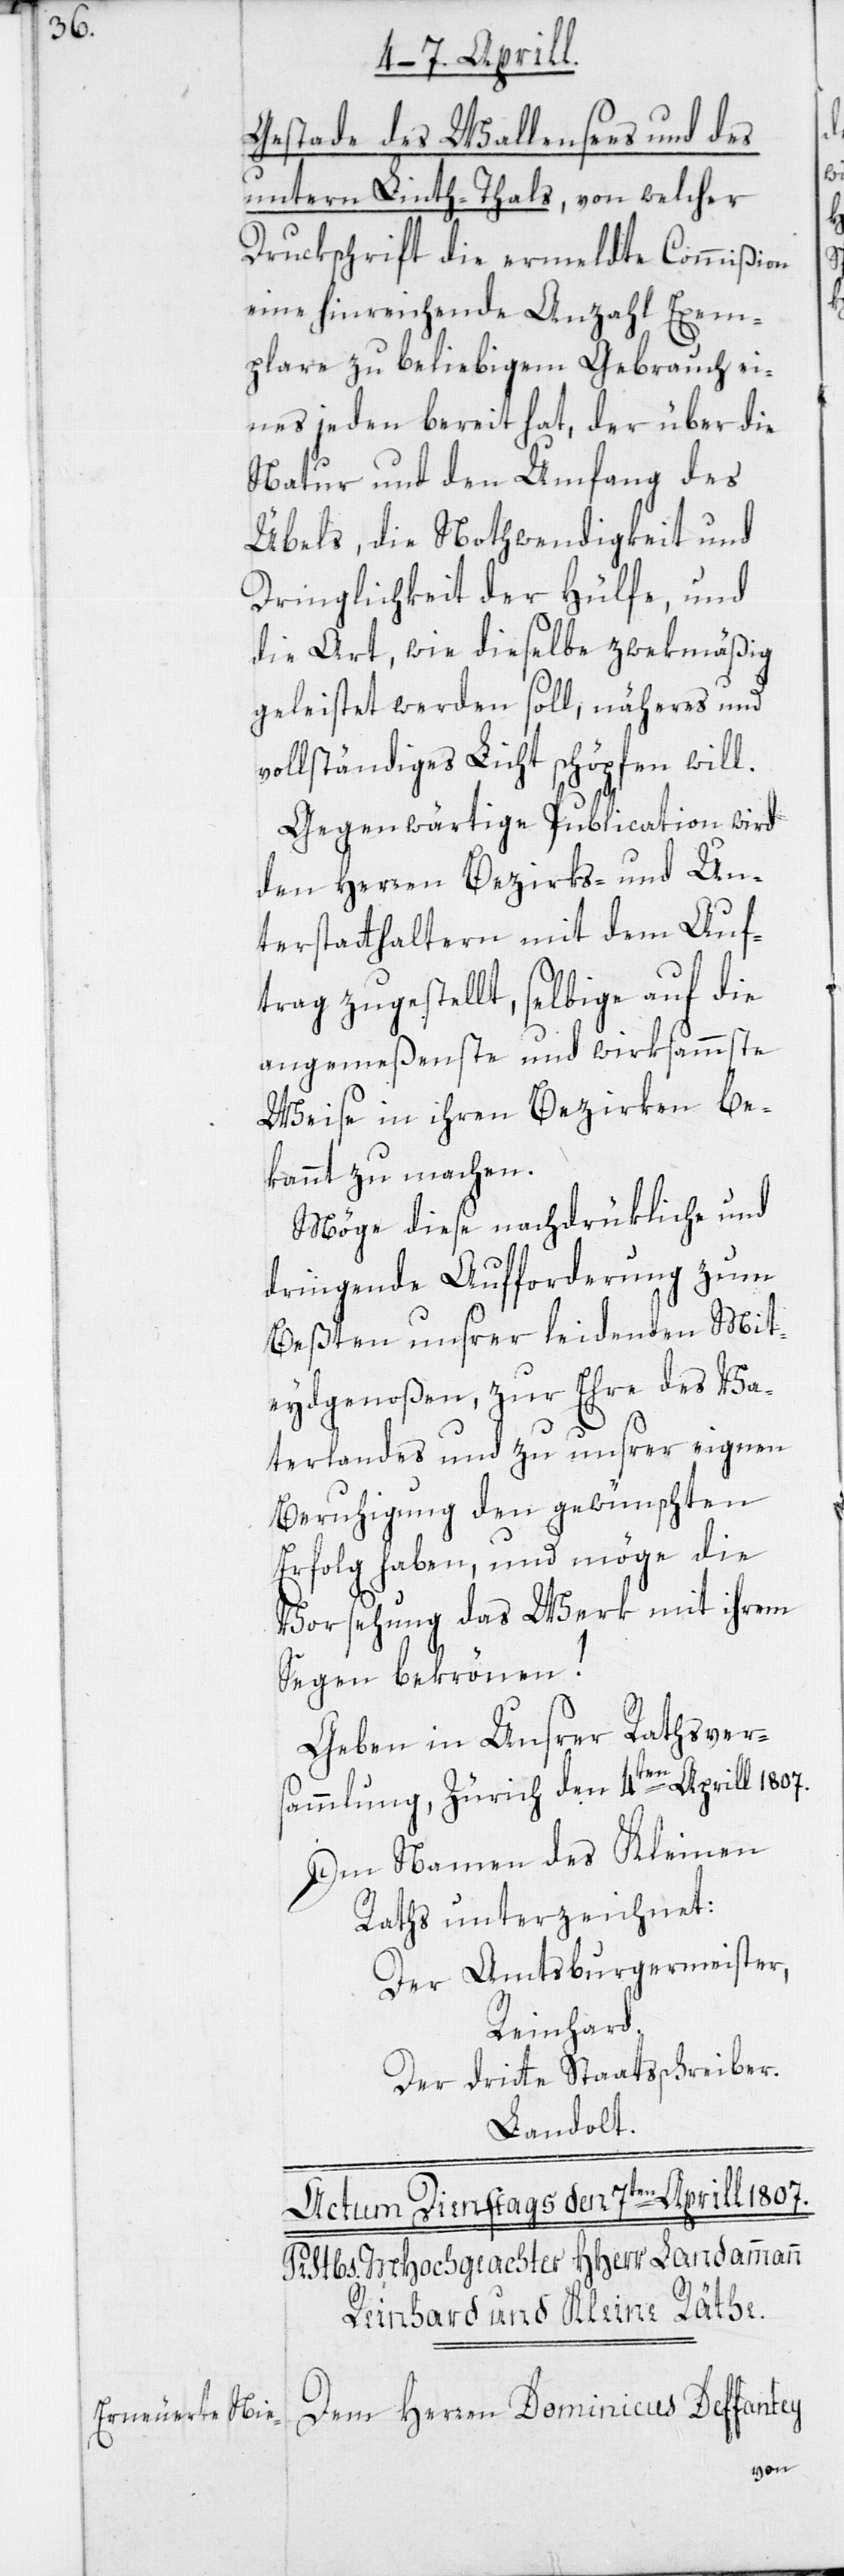
Gestade des Wallensees und des
untern Linth-Thals, von welcher
Druckschrift die ermeldte Commißion
eine hinreichende Anzahl Exem¬
plare zu beliebigem Gebrauch ei¬
nes jeden bereit hat, der über die
Natur und den Umfang des
Übels, die Nothwendigkeit und
Dringlichkeit der Hülfe, und
die Art, wie dieselbe zwekmäßig
geleistet werden soll, näheres und
vollständiges Licht schöpfen will.
Gegenwärtige Publication wird
den Herren Bezirks- und Un¬
terstatthaltern mit dem Auf¬
trag zugestellt, selbige auf die
angemeßenste und wirksammste
Weise in ihren Bezirken be¬
kannt zu machen.
Möge diese nachdrükliche und
dringende Aufforderung zum
Beßten unsrer leidenden Mit¬
eydgenoßen, zur Ehre des Va¬
terlandes und zu unsrer eignen
Beruhigung den gewünschten
Erfolg haben, und möge die
Vorsehung das Werk mit ihrem
Segen bekrönen!
Geben in Unsrer Rathsvers¬
ammlung, Zürich den 4ten Aprill 1807.
Im Namen des Kleinen
Raths unterzeichnet:
Der Amtsburgermeister,
Reinhard.
Der dritte Staatsschreiber.
Landolt.
Dem Herren Dominicus Deffantey